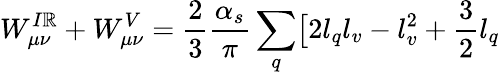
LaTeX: W_{\mu\nu}^{I\mathbb{R}}+W_{\mu\nu}^{V}=\frac{2}{3}\frac{{\alpha_{s}}}{{\pi}}\sum_{q}\bigl[2l_{q}l_{v}-l_{v}^{2}+\frac{3}{2}l_{q}